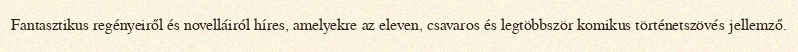
Fantasztikus regényeiről és novelláiról híres, amelyekre az eleven, csavaros és legtöbbször komikus történetszövés jellemző.